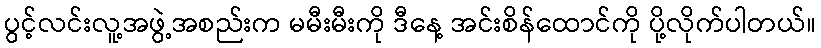
ပွင့်လင်းလူ့အဖွဲ့အစည်းက မမီးမီးကို ဒီနေ့ အင်းစိန်ထောင်ကို ပို့လိုက်ပါတယ်။